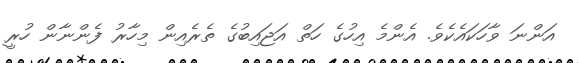
އަންނަ ވާހަކައެކެވެ. އެންމެ އިހުގެ ހަތް އަޖައިބުގެ ތެރެއިން މިހާރު ފެންނާން ހުރީ